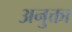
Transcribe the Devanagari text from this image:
अनुक्ता